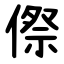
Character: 傺